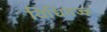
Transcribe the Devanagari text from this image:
विधितज्‍ज्ञ